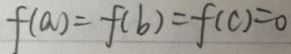
f ( a ) = f ( b ) = f ( c ) = 0